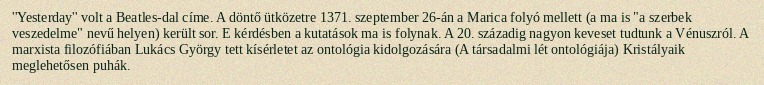
''Yesterday'' volt a Beatles-dal címe. A döntő ütközetre 1371. szeptember 26-án a Marica folyó mellett (a ma is "a szerbek veszedelme" nevű helyen) került sor. E kérdésben a kutatások ma is folynak. A 20. századig nagyon keveset tudtunk a Vénuszról. A marxista filozófiában Lukács György tett kísérletet az ontológia kidolgozására (A társadalmi lét ontológiája) Kristályaik meglehetősen puhák.